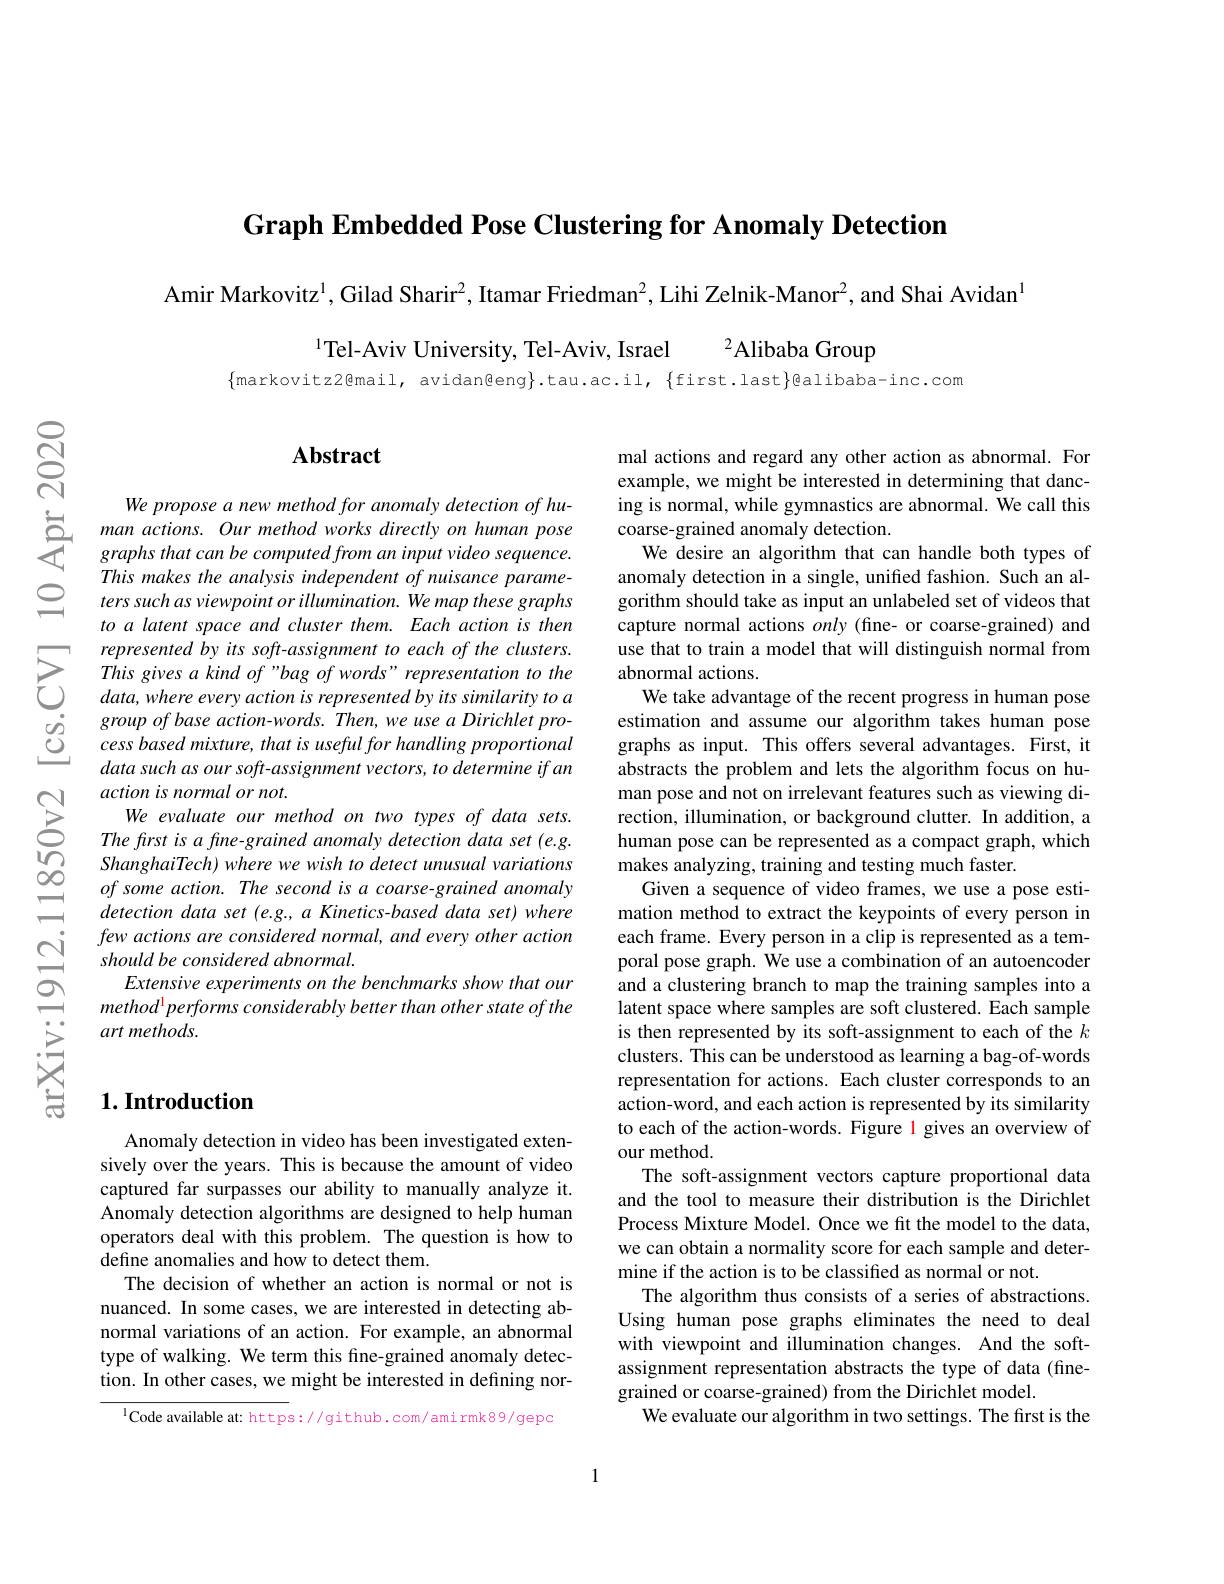
Graph Embedded Pose Clustering for Anomaly Detection

$ଟ୍ରି$

Amir Markovitz$^{1}$, Gilad Sharir$^2$, Itamar Friedman$^2$, Lihi Zelnik-Manor$^2$, and Shai Avidan$^{1}$

$^{1}$Tel-Aviv University, Tel-Aviv, Israel

$^{2}$Alibaba Group

$\{$markovitz2@mail, avidan@eng}.tau.ac.il, $\{$first.last}@alibaba-inc.com

## $\mathbf{Abstract}$

We propose a new method for anomaly detection of hu-
$\begin{array}{ll}{\text{we propose a new methou jor ationuly aetection of na-1}}\\{\text{S}}&{\text{man actions. Our method works directly on human pose}}\\&{\text{graphs that can be computed from an input video sequence.}\\}{\text{This makes the analysis independent of nuisance parame-}}\end{array} $
ters such as viewpoint or illumination. We map these graphs to a latent space and cluster them. Each action is then represented by its soft-assignment to each of the clusters. This gives a kind of "bag of words" representation to the $data,where$ every action is represented by its similarity to a group of base action-words. Then, we use a Dirichlet process based mixture, that is useful for handling proportional data such $as$ our $soft- assignment$ $vectors, to$ determine $if$ $an$ action is normal or not.
We evaluate our method on two types of data sets. The frst is a fine-grained anomaly detection data set (e.g. ShanghaiTech) where we wish to detect unusual variations of some action. The second is a coarse-grained anomaly detection data set (e.g., a Kinetics-based data set) where few actions are considered normal, and every other action should be considered abnormal.
Extensive experiments on the benchmarks show that our $method^1 performs considerably better than other state of the$ art methods.

mal actions and regard any other action as abnormal. For example, we might be interested in determining that dancing is normal, while gymnastics are abnormal. We call this coarse-grained anomaly detection.
We desire an algorithm that can handle both types of anomaly detection in a single, unified fashion. Such an algorithm should take as input an unlabeled set of videos that capture normal actions only (fine- or coarse-grained) and use that to train a model that will distinguish normal from abnormal actions.
We take advantage of the recent progress in human pose estimation and assume our algorithm takes human pose graphs as input. This offers several advantages. First, it abstracts the problem and lets the algorithm focus on human pose and not on irrelevant features such as viewing direction, illumination, or background clutter. In addition, a human pose can be represented as a compact graph, which makes analyzing, training and testing much faster.
Given a sequence of video frames, we use a pose estimation method to extract the keypoints of every person in each frame. Every person in a clip is represented as a temporal pose graph. We use a combination of an autoencoder and a clustering branch to map the training samples into a latent space where samples are soft clustered. Each sample is then represented by its soft-assignment to each of the $k$ clusters. This can be understood as learning a bag-of-words representation for actions. Each cluster corresponds to an action-word, and each action is represented by its similarity to each of the action-words. Figure 1 gives an overview of our method.
The soft-assignment vectors capture proportional data and the tool to measure their distribution is the Dirichlet Process Mixture Model. Once we fit the model to the data, we can obtain a normality score for each sample and determine if the action is to be classified as normal or not.
The algorithm thus consists of a series of abstractions. Using human pose graphs eliminates the need to deal with viewpoint and illumination changes. And the softassignment representation abstracts the type of data (finegrained or coarse-grained) from the Dirichlet model
We evaluate our algorithm in two settings. The first is the

## $1. \textbf{Introduction}$

Anomaly detection in video has been investigated extensively over the years. This is because the amount of video captured far surpasses our ability to manually analyze it. Anomaly detection algorithms are designed to help human operators deal with this problem. The question is how to define anomalies and how to detect them.
The decision of whether an action is normal or not is nuanced. In some cases, we are interested in detecting abnormal variations of an action. For example, an abnormal type of walking. We term this fine-grained anomaly detection. In other cases, we might be interested in defining nor-

$^{\mathrm{l}}$Code available at: https://github.com/amirmk89/gepa